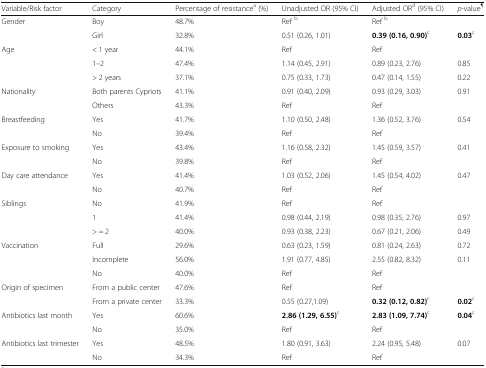
<table><thead><tr><td><b>Variable/Risk factor</b></td><td><b>Category</b></td><td><b>Percentage of resistance<sup>a</sup> (%)</b></td><td><b>Unadjusted OR (95% CI)</b></td><td><b>Adjusted OR<sup>d</sup> (95% CI)</b></td><td><b><i>p</i>-value<sup>¶</sup></b></td></tr></thead><tbody><tr><td rowspan="2">Gender</td><td>Boy</td><td>48.7%</td><td>Ref <sup>b</sup></td><td>Ref <sup>b</sup></td><td>[EMPTY_CELL]</td></tr><tr><td>Girl</td><td>32.8%</td><td>0.51 (0.26, 1.01)</td><td><b>0.39 (0.16, 0.90)</b><sup>c</sup></td><td><b>0.03</b><sup>c</sup></td></tr><tr><td rowspan="3">Age</td><td>&lt; 1 year</td><td>44.1%</td><td>Ref</td><td>Ref</td><td>[EMPTY_CELL]</td></tr><tr><td>1–2</td><td>47.4%</td><td>1.14 (0.45, 2.91)</td><td>0.89 (0.23, 2.76)</td><td>0.85</td></tr><tr><td>&gt; 2 years</td><td>37.1%</td><td>0.75 (0.33, 1.73)</td><td>0.47 (0.14, 1.55)</td><td>0.22</td></tr><tr><td rowspan="2">Nationality</td><td>Both parents Cypriots</td><td>41.1%</td><td>0.91 (0.40, 2.09)</td><td>0.93 (0.29, 3.03)</td><td>0.91</td></tr><tr><td>Others</td><td>43.3%</td><td>Ref</td><td>Ref</td><td>[EMPTY_CELL]</td></tr><tr><td rowspan="2">Breastfeeding</td><td>Yes</td><td>41.7%</td><td>1.10 (0.50, 2.48)</td><td>1.36 (0.52, 3.76)</td><td>0.54</td></tr><tr><td>No</td><td>39.4%</td><td>Ref</td><td>Ref</td><td>[EMPTY_CELL]</td></tr><tr><td rowspan="2">Exposure to smoking</td><td>Yes</td><td>43.4%</td><td>1.16 (0.58, 2.32)</td><td>1.45 (0.59, 3.57)</td><td>0.41</td></tr><tr><td>No</td><td>39.8%</td><td>Ref</td><td>Ref</td><td>[EMPTY_CELL]</td></tr><tr><td rowspan="2">Day care attendance</td><td>Yes</td><td>41.4%</td><td>1.03 (0.52, 2.06)</td><td>1.45 (0.54, 4.02)</td><td>0.47</td></tr><tr><td>No</td><td>40.7%</td><td>Ref</td><td>Ref</td><td>[EMPTY_CELL]</td></tr><tr><td rowspan="3">Siblings</td><td>No</td><td>41.9%</td><td>Ref</td><td>Ref</td><td>[EMPTY_CELL]</td></tr><tr><td>1</td><td>41.4%</td><td>0.98 (0.44, 2.19)</td><td>0.98 (0.35, 2.76)</td><td>0.97</td></tr><tr><td>&gt; = 2</td><td>40.0%</td><td>0.93 (0.38, 2.23)</td><td>0.67 (0.21, 2.06)</td><td>0.49</td></tr><tr><td rowspan="3">Vaccination</td><td>Full</td><td>29.6%</td><td>0.63 (0.23, 1.59)</td><td>0.81 (0.24, 2.63)</td><td>0.72</td></tr><tr><td>Incomplete</td><td>56.0%</td><td>1.91 (0.77, 4.85)</td><td>2.55 (0.82, 8.32)</td><td>0.11</td></tr><tr><td>No</td><td>40.0%</td><td>Ref</td><td>Ref</td><td>[EMPTY_CELL]</td></tr><tr><td rowspan="2">Origin of specimen</td><td>From a public center</td><td>47.6%</td><td>Ref</td><td>Ref</td><td>[EMPTY_CELL]</td></tr><tr><td>From a private center</td><td>33.3%</td><td>0.55 (0.27,1.09)</td><td><b>0.32 (0.12, 0.82)</b><sup>c</sup></td><td><b>0.02</b><sup>c</sup></td></tr><tr><td rowspan="2">Antibiotics last month</td><td>Yes</td><td>60.6%</td><td><b>2.86 (1.29, 6.55)</b><sup>c</sup></td><td><b>2.83 (1.09, 7.74)</b><sup>c</sup></td><td><b>0.04</b><sup>c</sup></td></tr><tr><td>No</td><td>35.0%</td><td>Ref</td><td>Ref</td><td>[EMPTY_CELL]</td></tr><tr><td rowspan="2">Antibiotics last trimester</td><td>Yes</td><td>48.5%</td><td>1.80 (0.91, 3.63)</td><td>2.24 (0.95, 5.48)</td><td>0.07</td></tr><tr><td>No</td><td>34.3%</td><td>Ref</td><td>Ref</td><td>[EMPTY_CELL]</td></tr></tbody></table>